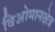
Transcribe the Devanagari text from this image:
विओमानक्षेत्र